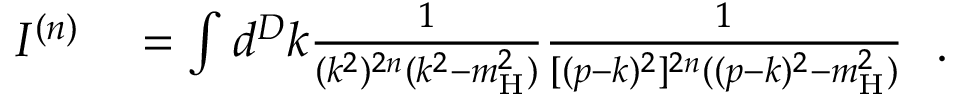
\begin{array} { r l } { I ^ { ( n ) } } & { { } = \int d ^ { D } k \frac { 1 } { ( k ^ { 2 } ) ^ { 2 n } ( k ^ { 2 } - m _ { \mathrm { H } } ^ { 2 } ) } \frac { 1 } { [ ( p - k ) ^ { 2 } ] ^ { 2 n } ( ( p - k ) ^ { 2 } - m _ { \mathrm { H } } ^ { 2 } ) } } \end{array} \, .